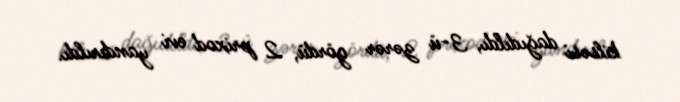
kilsəsi dağıdıldı, 3-ü zərər gördü, 2 prixod evi yandırıldı.